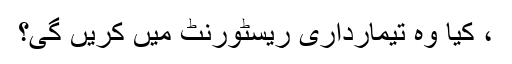
، کیا وہ تیمارداری ریسٹورنٹ میں کریں گی؟